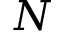
N